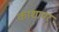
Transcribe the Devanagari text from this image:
काशायर